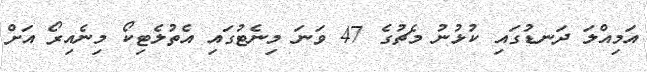
އަމިއްލަ ދަނޑުގައި ކުޅުނު މެޗުގެ 47 ވަނަ މިނެޓުގައި އެތުލެޓިކޯ މިނެއިރޯ އަށް